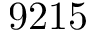
9 2 1 5